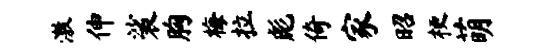
激伸裟胸梅拉彪倚家昭梗萌